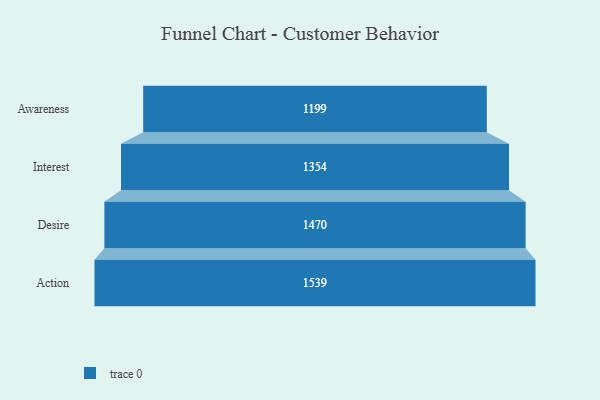
{"axis": {"x": "Stage", "y": "Value"}, "legend": [""], "data": [{"x": "Awareness", "y": 1199.0, "type": ""}, {"x": "Interest", "y": 1354.0, "type": ""}, {"x": "Desire", "y": 1470.0, "type": ""}, {"x": "Action", "y": 1539.0, "type": ""}]}